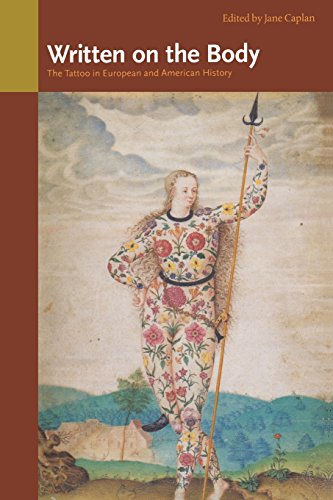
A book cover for Written on the Body:  The Tattoo in European and American History; Arts & Photography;